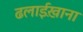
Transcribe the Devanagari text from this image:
ढलाईख़ाना